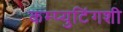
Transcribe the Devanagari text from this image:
कम्प्युटिंगशी